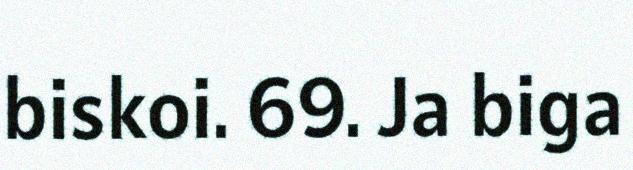
biskoi. 69. Ja biga